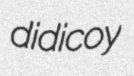
didicoy